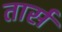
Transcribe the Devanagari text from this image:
तार्स